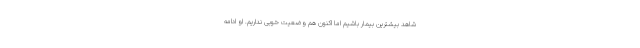
شاهد بیشترین بیمار باشیم اما اکنون هم وضعیت خوبی نداریم. او ادامه